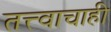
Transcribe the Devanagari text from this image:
तत्त्वाचाही